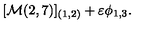
[ { \cal M } ( 2 , 7 ) ] _ { ( 1 , 2 ) } + \varepsilon \phi _ { 1 , 3 } .